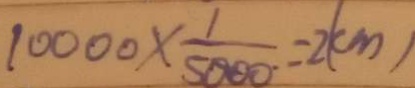
1 0 0 0 0 \times \frac { 1 } { 5 0 0 0 } = 2 k m